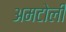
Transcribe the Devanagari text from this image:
अमटोली